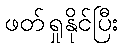
ဖတ်ရှုနိုင်ပြီး